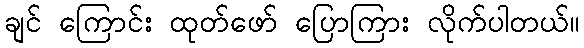
ချင် ကြောင်း ထုတ်ဖော် ပြောကြား လိုက်ပါတယ်။